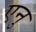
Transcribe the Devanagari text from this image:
एनु